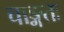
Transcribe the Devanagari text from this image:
चाङ्गतः